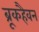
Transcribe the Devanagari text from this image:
ब्रूकहैवन